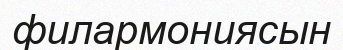
филармониясын